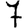
Digit: 7